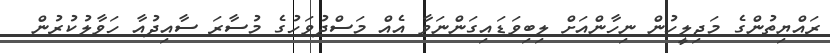
ރައްޔިތުންގެ މަޖިލީހުން ނިހާންއަށް ލިބިވަޑައިގަންނަވާ އެއް މަސްދުވަހުގެ މުސާރަ ސާއިދުއާ ހަވާލުކުރުން